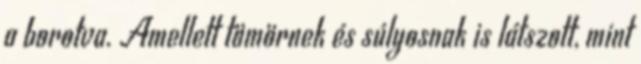
a borotva. Amellett tömörnek és súlyosnak is látszott, mint